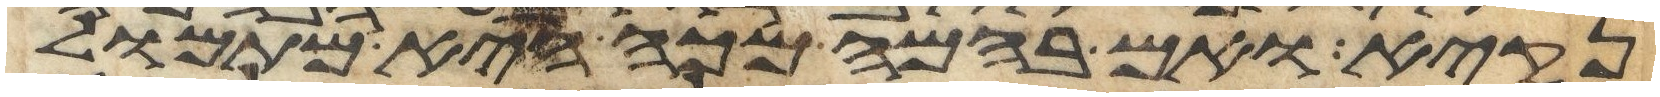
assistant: נקיא ואם בהמה מכה היא מתמול